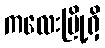
ကလေးမြို့ရှိ